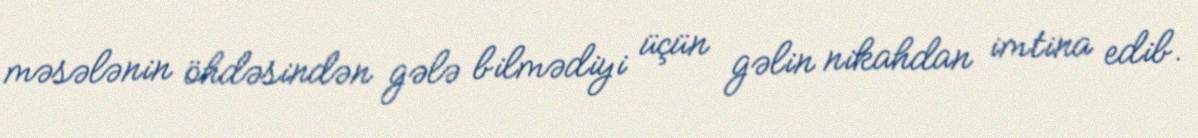
məsələnin öhdəsindən gələ bilmədiyi üçün gəlin nikahdan imtina edib.